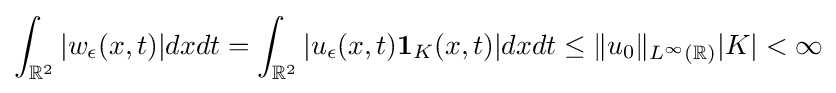
\int _{\mathbb {R} ^{2}}|w_{\epsilon }(x,t)|dxdt=\int _{\mathbb {R} ^{2}}|u_{\epsilon }(x,t)\mathbf {1} _{K}(x,t)|dxdt\leq \Vert u_{0}\Vert _{L^{\infty }(\mathbb {R} )}|K|<\infty